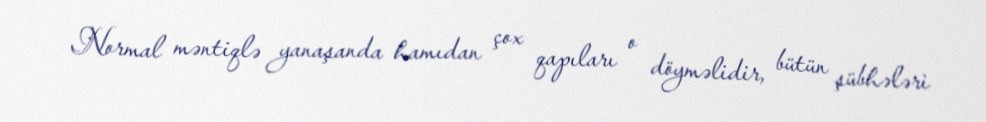
Normal məntiqlə yanaşanda hamıdan çox qapıları o döyməlidir, bütün şübhələri